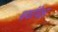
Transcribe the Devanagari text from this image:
बर्फापेक्षा